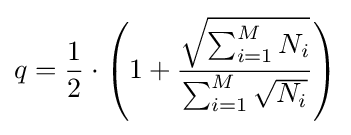
q={\frac {1}{2}}\cdot \left(1+{\frac {\sqrt {\sum _{i=1}^{M}N_{i}}}{\sum _{i=1}^{M}{\sqrt {N_{i}}}}}\right)